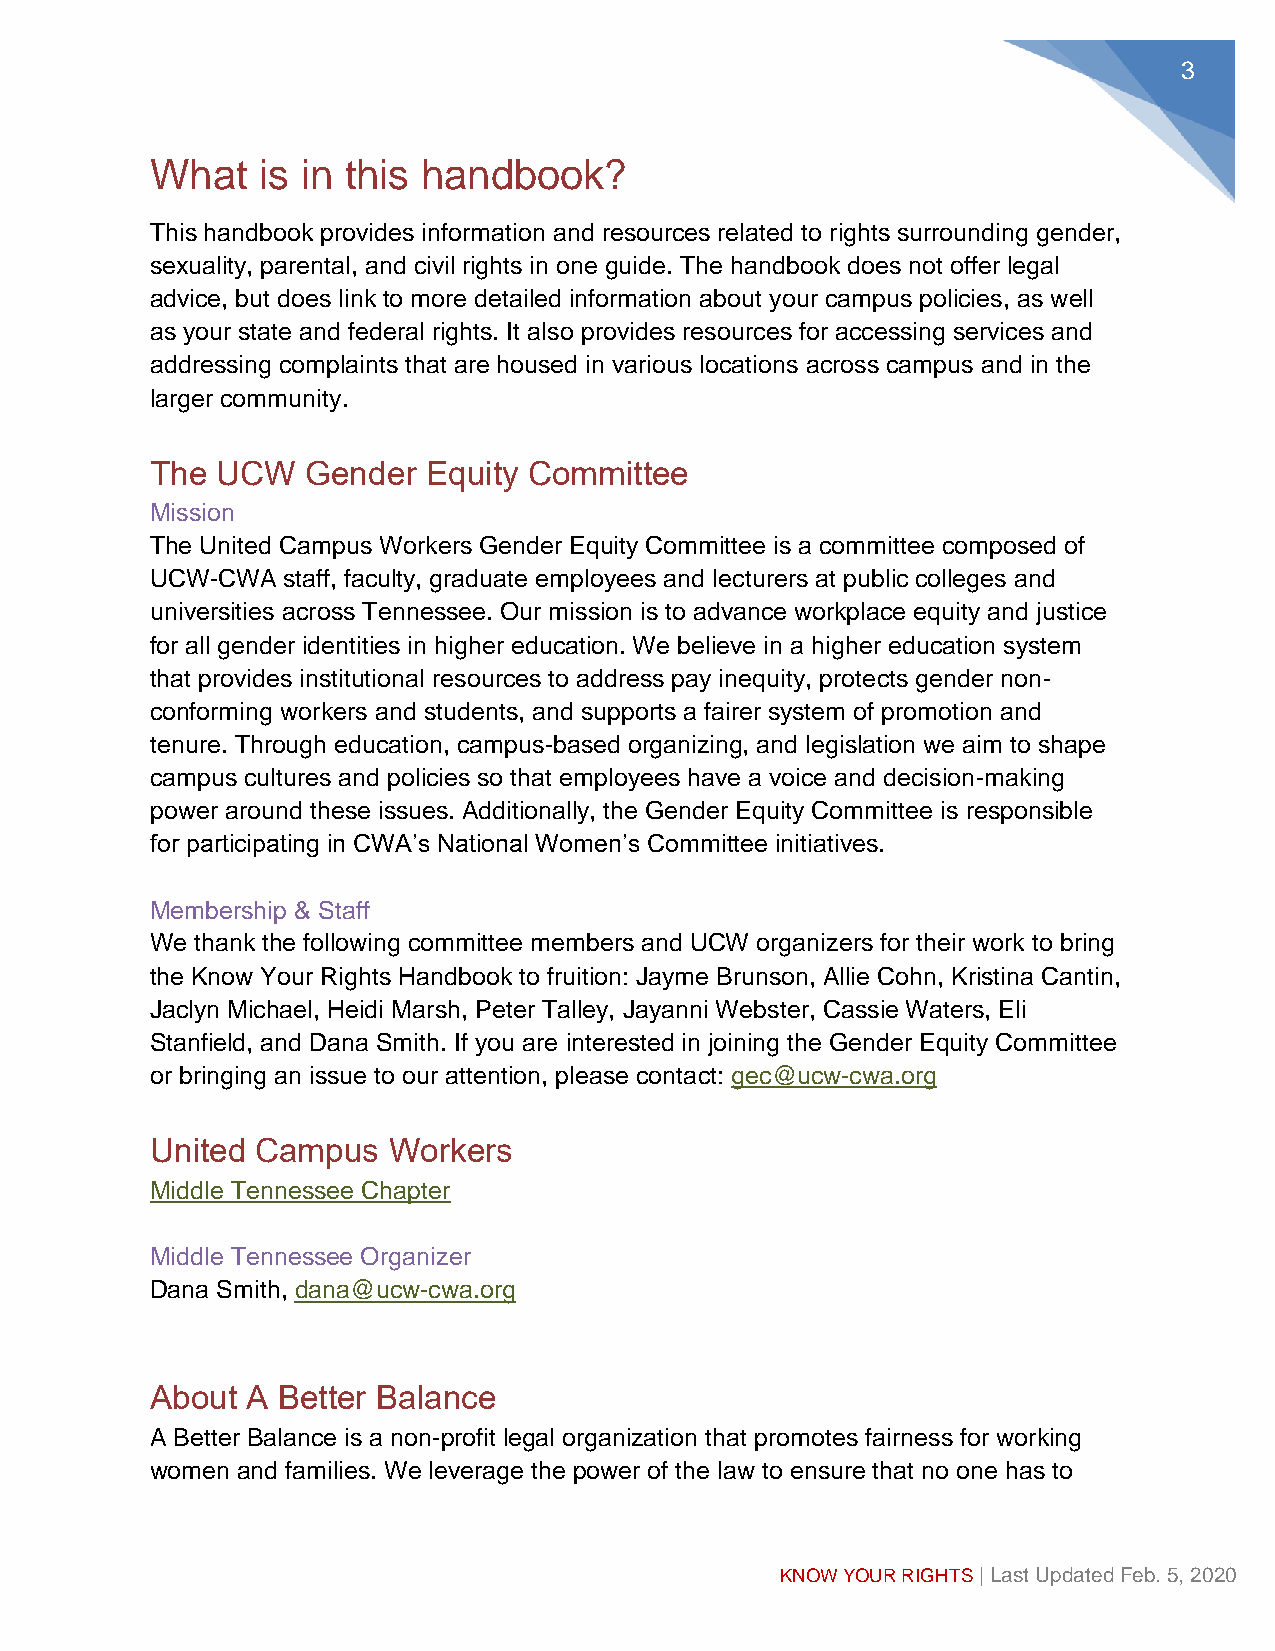
4
 make the impossible choice between their job and their family. Our Southern office is
 based in Nashville, Tennessee, and serves families throughout the state of Tennessee
 and the Southeast.
 For more information, visit: https://www.abetterbalance.org/